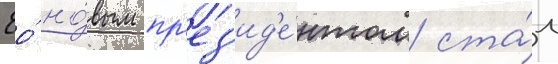
Ео́ но́вым пр'ез'ид'е́нтом ста́л